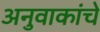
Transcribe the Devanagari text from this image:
अनुवाकांचे